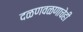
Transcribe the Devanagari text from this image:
दळणवळणाचेही